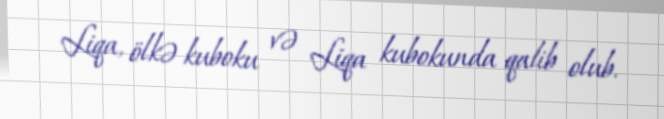
Liqa, ölkə kuboku və Liqa kubokunda qalib olub.